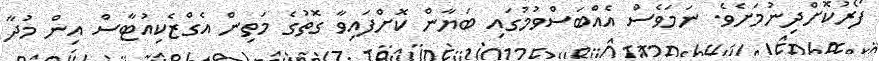
ފޯރުކޮށްދިނުމަށެވެ. ނަމަވެސް އެއްބަސްވުމުގައި ބަޔާން ކޮށްފައިވާ ގޮތުގެ މަތިން އެގްޒެކިއުޓާސް އިން މުދާ